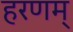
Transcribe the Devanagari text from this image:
हरणम्